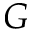
G